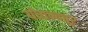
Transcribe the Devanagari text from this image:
योयम्बत्तूर